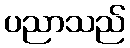
ပညာသည်